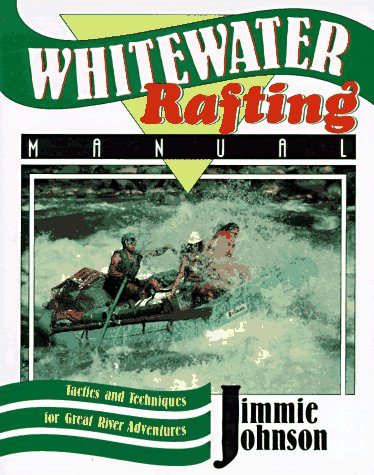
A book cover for Whitewater Rafting Manual; Jimmie Johnson; Sports & Outdoors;